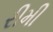
રીમી